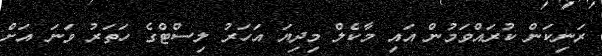
ރަނިކަން ކުރައްވަމުން އައި މާކެލް މިދިޔަ އަހަރު ލިސްޓްގެ ހަތަރު ވަނަ އަށް